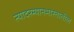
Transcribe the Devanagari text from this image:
त्यादरम्यानभारतातील